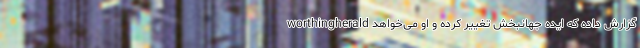
worthingherald گزارش داده که ایده جهانبخش تغییر کرده و او می‌خواهد